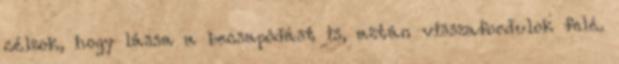
célzok, hogy lássa a becsapódást is, aztán visszafordulok felé.